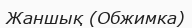
Жаншық (Обжимка)